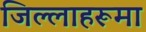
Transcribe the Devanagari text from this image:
जिल्लाहरूमा